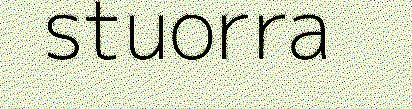
stuorra